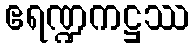
ဧရဏ္ဍကဋ္ဌဿ